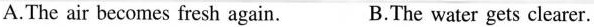
A.The air becomes fresh again. B.The water gets clearer.